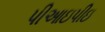
પીઆઇપીઇ